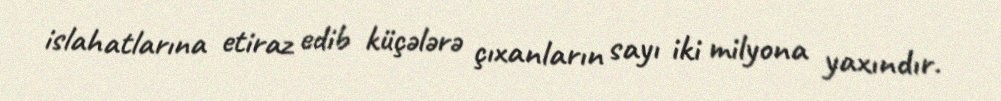
islahatlarına etiraz edib küçələrə çıxanların sayı iki milyona yaxındır.